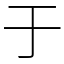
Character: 于